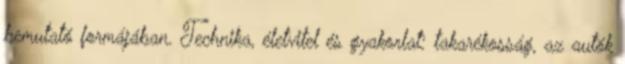
bemutató formájában. Technika, életvitel és gyakorlat: takarékosság, az autók